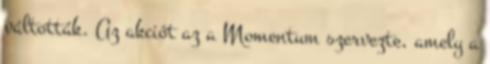
váltották. Az akciót az a Momentum szervezte, amely a